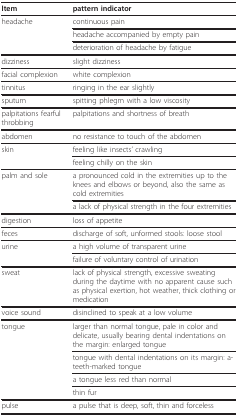
<table><thead><tr><td><b>Item</b></td><td><b>pattern indicator</b></td></tr></thead><tbody><tr><td>headache</td><td>continuous pain</td></tr><tr><td></td><td>headache accompanied by empty pain</td></tr><tr><td></td><td>deterioration of headache by fatigue</td></tr><tr><td>dizziness</td><td>slight dizziness</td></tr><tr><td>facial complexion</td><td>white complexion</td></tr><tr><td>tinnitus</td><td>ringing in the ear slightly</td></tr><tr><td>sputum</td><td>spitting phlegm with a low viscosity</td></tr><tr><td>palpitations fearful throbbing</td><td>palpitations and shortness of breath</td></tr><tr><td>abdomen</td><td>no resistance to touch of the abdomen</td></tr><tr><td>skin</td><td>feeling like insects&#x27; crawling</td></tr><tr><td></td><td>feeling chilly on the skin</td></tr><tr><td>palm and sole</td><td>a pronounced cold in the extremities up to the knees and elbows or beyond, also the same as cold extremities</td></tr><tr><td></td><td>a lack of physical strength in the four extremities</td></tr><tr><td>digestion</td><td>loss of appetite</td></tr><tr><td>feces</td><td>discharge of soft, unformed stools: loose stool</td></tr><tr><td>urine</td><td>a high volume of transparent urine</td></tr><tr><td></td><td>failure of voluntary control of urination</td></tr><tr><td>sweat</td><td>lack of physical strength, excessive sweating during the daytime with no apparent cause such as physical exertion, hot weather, thick clothing or medication</td></tr><tr><td>voice sound</td><td>disinclined to speak at a low volume</td></tr><tr><td>tongue</td><td>larger than normal tongue, pale in color and delicate, usually bearing dental indentations on the margin: enlarged tongue</td></tr><tr><td></td><td>tongue with dental indentations on its margin: a-teeth-marked tongue</td></tr><tr><td></td><td>a tongue less red than normal</td></tr><tr><td></td><td>thin fur</td></tr><tr><td>pulse</td><td>a pulse that is deep, soft, thin and forceless</td></tr></tbody></table>